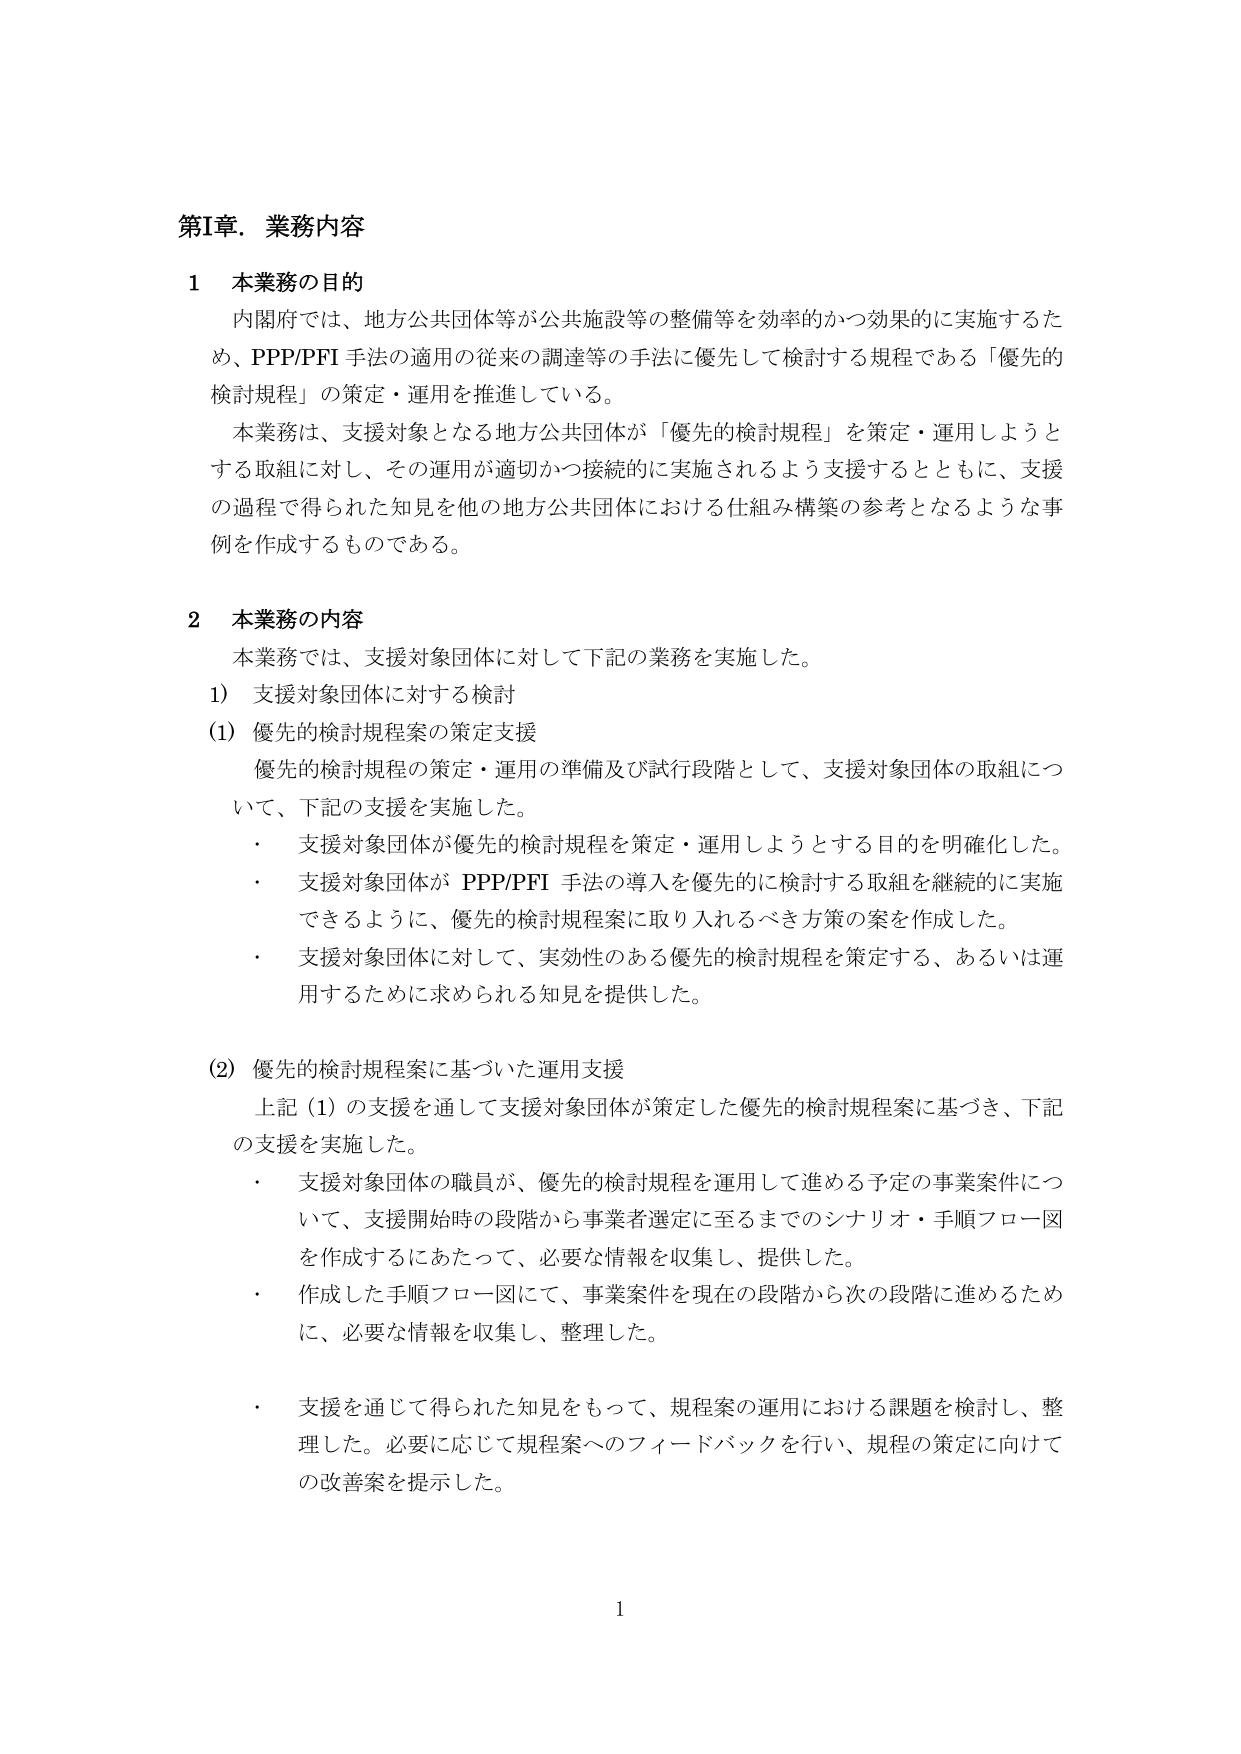
第I章．業務内容

1 本業務の目的
内閣府では、地方公共団体等が公共施設等の整備等を効率的かつ効果的に実施するため、PPP/PFI 手法の適用の従来の調達等の手法に優先して検討する規程である「優先的検討規程」の策定・運用を推進している。
本業務は、支援対象となる地方公共団体が「優先的検討規程」を策定・運用しようとする取組に対し、その運用が適切かつ接続的に実施されるよう支援するとともに、支援の過程で得られた知見を他の地方公共団体における仕組み構築の参考となるような事例を作成するものである。

2 本業務の内容
本業務では、支援対象団体に対して下記の業務を実施した。
1) 支援対象団体に対する検討
(1) 優先的検討規程案の策定支援
優先的検討規程の策定・運用の準備及び試行段階として、支援対象団体の取組について、下記の支援を実施した。
・ 支援対象団体が優先的検討規程を策定・運用しようとする目的を明確化した。
・ 支援対象団体が PPP/PFI 手法の導入を優先的に検討する取組を継続的に実施できるように、優先的検討規程案に取り入れるべき方策の案を作成した。
・ 支援対象団体に対して、実効性のある優先的検討規程を策定する、あるいは運用するために求められる知見を提供した。

(2) 優先的検討規程案に基づいた運用支援
上記（1）の支援を通して支援対象団体が策定した優先的検討規程案に基づき、下記の支援を実施した。
・ 支援対象団体の職員が、優先的検討規程を運用して進める予定の事業案件について、支援開始時の段階から事業者選定に至るまでのシナリオ・手順フロー図を作成するにあたって、必要な情報を収集し、提供した。
・ 作成した手順フロー図にて、事業案件を現在の段階から次の段階に進めるために、必要な情報を収集し、整理した。
・ 支援を通じて得られた知見をもって、規程案の運用における課題を検討し、整理した。必要に応じて規程案へのフィードバックを行い、規程の策定に向けての改善案を提示した。

1